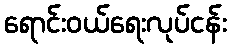
ရောင်းဝယ်ရေးလုပ်ငန်း